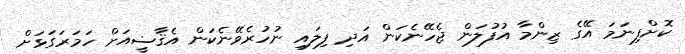
ކޮށްފިނަމަ އޭގެ ޒިންމާ އުފުލަން ޖެހޭނެކަން އަދި ފިލައި ނުހުރެވޭނެކަން އެޤާޟީއަށް ހަމަރަގަޅަށް